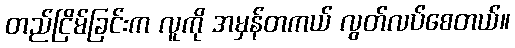
တည်ငြိမ်ခြင်းက လူကို အမှန်တကယ် လွတ်လပ်စေတယ်။